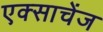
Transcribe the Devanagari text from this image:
एक्साचेंज